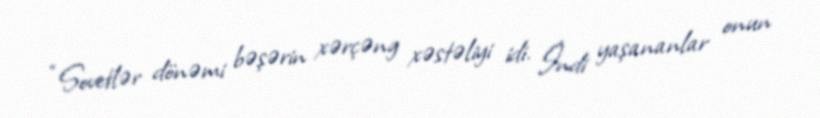
“Sovetlər dönəmi bəşərin xərçəng xəstəliyi idi. İndi yaşananlar onun